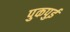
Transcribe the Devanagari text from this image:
पुकपुई